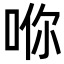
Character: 𪡇